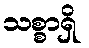
သစ္စာရှိ